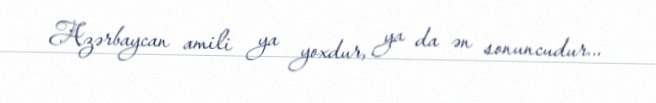
Azərbaycan amili ya yoxdur, ya da ən sonuncudur...